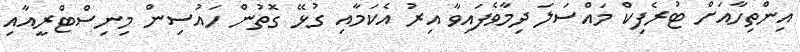
އިންތިހާއަށް ޓުރެފިކް މައްސަލަ ދިމާވެފައިވާ އިރު އެކަމާއި ގުޅޭ ގޮތުން ހައުސިން މިނިސްޓްރީއާއި